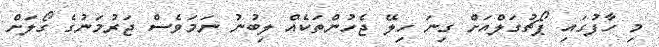
މި ހާފުގައި ޕޯޗުގަލްއަށް ގިނަ ހިލޭ ޖެހުންތަކެއް ލިބުނު ނަމަވެސް ޖަރުމަނުގެ ގޯލަށް